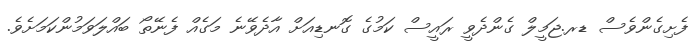
ފެށިގެންވެސް ޑރ.ޖަމީލް ގެންދެވީ ރައީސް ކަމުގެ ގޮނޑިއަށް އާދެވޭނެ މަގެއް ފެނޭތޯ ބައްލަވަމުންކަމަށެވެ.